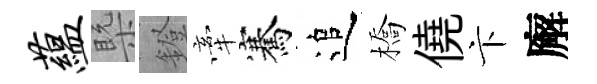
蕴槩鐙牽騫追橋僥卞廨